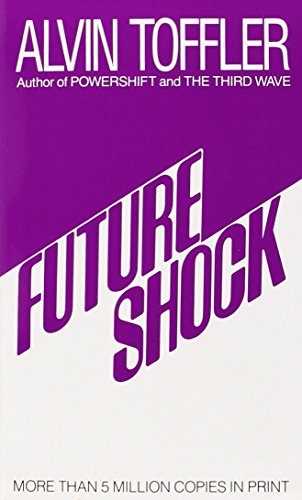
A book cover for Future Shock; Alvin Toffler; Politics & Social Sciences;